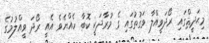
މިޙަދީޘްގައި ރޯދަވީއްލާ ވަގުތުގައި ގެ މުރާދަކީ ކޮބާ ހެއްޔެވެ އެއީ ރޯދަ ވީއްލުމުގެ